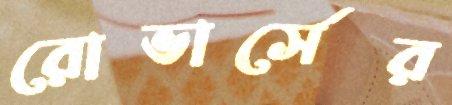
রোভার্সের